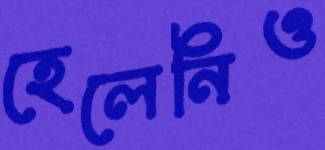
হেলেনিও